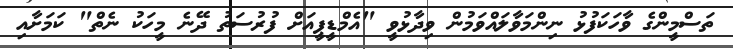
ތަސްމީންގެ ވާހަކަފުޅު ނިންމަވާލައްވަމުން ވިދާޅުވީ "އެމްޑީޕީއަށް ފުރުސަތު ދޭނެ މީހަކު ނެތް" ކަމަށާއި